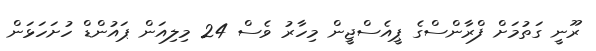
ރޫނީ ގަތުމަށް ފްރާންސްގެ ޕީއެސްޖީން މިހާރު ވެސް 24 މިލިއަން ޕައުންޑް ހުށަހަޅަން